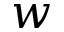
w